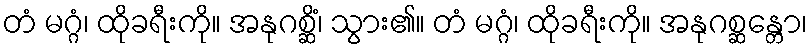
တံ မဂ္ဂံ၊ ထိုခရီးကို။ အနုဂစ္ဆိံ၊ သွား၏။ တံ မဂ္ဂံ၊ ထိုခရီးကို။ အနုဂစ္ဆန္တော၊